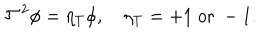
LaTeX: { \cal T } ^ { 2 } \phi = \eta _ { T } \phi , \quad \eta _ { T } = + 1 \; \mathrm { o r } \; - 1 .